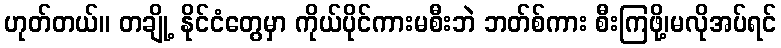
ဟုတ်တယ်။ တချို့ နိုင်ငံတွေမှာ ကိုယ်ပိုင်ကားမစီးဘဲ ဘတ်စ်ကား စီးကြဖို့၊မလိုအပ်ရင်